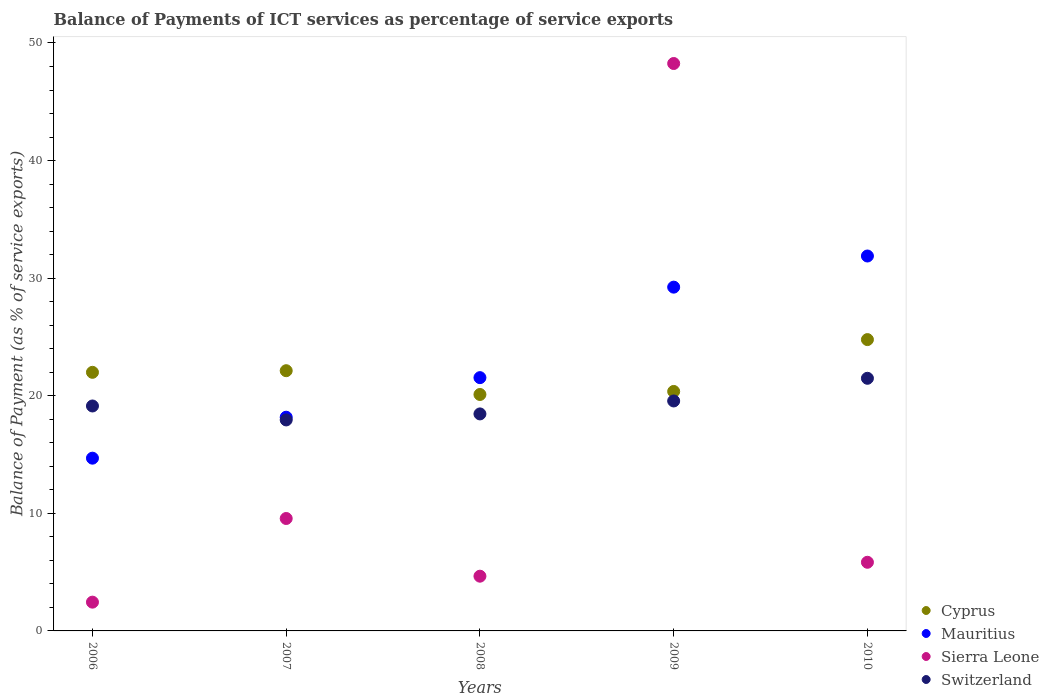
| Years | Cyprus | Mauritius | Sierra Leone | Switzerland |
 | --- | --- | --- | --- | --- |
 | 2006 | 22 | 14.7 | 2.45 | 19.1 |
 | 2007 | 22.1 | 18.2 | 9.56 | 17.9 |
 | 2008 | 20.1 | 21.5 | 4.65 | 18.5 |
 | 2009 | 20.4 | 29.2 | 48.3 | 19.6 |
 | 2010 | 24.8 | 31.9 | 5.84 | 21.5 |